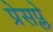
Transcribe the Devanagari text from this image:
प्रेसप्ले